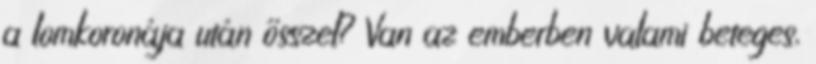
a lomkoronája után ősszel? Van az emberben valami beteges,